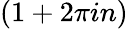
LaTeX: (1+2\pi in)